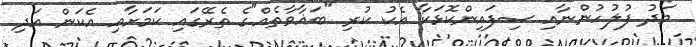
މަދު ފުލުހުންނާއި ސިފައިންކޮޅަކާ އެކު ކުރި "ބަޣާވާތެއް"ގެ ތެރޭގައި ކަމަށާއި އެކަން އަދި